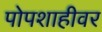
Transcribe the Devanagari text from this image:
पोपशाहीवर